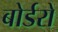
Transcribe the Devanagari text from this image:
बोर्डरों